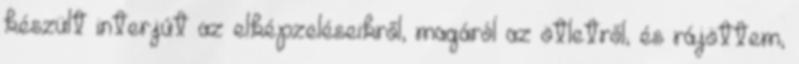
készült interjút az elképzeléseikről, magáról az ötletről, és rájöttem,